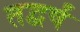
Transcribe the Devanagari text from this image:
तद्वर्षं